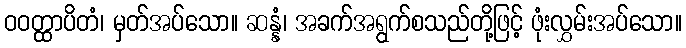
ဝဝတ္ထာပိတံ၊ မှတ်အပ်သော။ ဆန္နံ၊ အခက်အရွက်စသည်တို့ဖြင့် ဖုံးလွှမ်းအပ်သော။